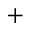
^ +